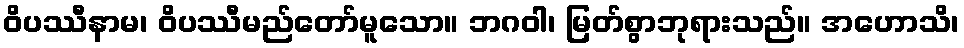
ဝိပဿီနာမ၊ ဝိပဿီမည်တော်မူသော။ ဘဂဝါ၊ မြတ်စွာဘုရားသည်။ အဟောသိ၊